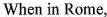
When in Rome